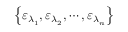
\left\{ { { \varepsilon } _ { { \lambda } _ { 1 } } } , { { \varepsilon } _ { { \lambda } _ { 2 } } } , \cdots , { { \varepsilon } _ { { \lambda } _ { n } } } \right\}